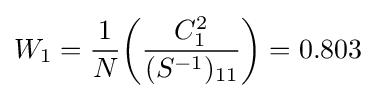
W_{1}={\frac {1}{N}}{\bigg (}{\frac {C_{1}^{2}}{(S^{-1})_{11}}}{\bigg )}=0.803